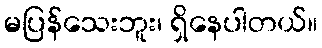
မပြန်သေးဘူး၊ ရှိနေပါတယ်။